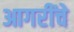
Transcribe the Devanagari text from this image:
आगरींचे